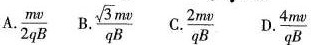
D. \frac{mv}{2qB} B\frac{ \sqrt{3}mv}{qB} C. \frac{2mv}{qB} D.\frac{4mv}{qB}